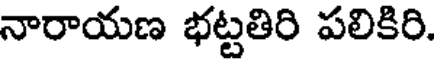
నారాయణ భట్టతిరి పలికిరి.